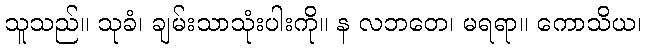
သူသည်။ သုခံ၊ ချမ်းသာသုံးပါးကို။ န လဘတေ၊ မရရာ။ ကောသိယ၊